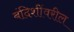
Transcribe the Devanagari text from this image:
बंदिशींवरील